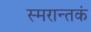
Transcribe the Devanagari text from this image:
स्मरान्तकं